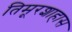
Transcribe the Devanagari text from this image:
तिमूरशाहास